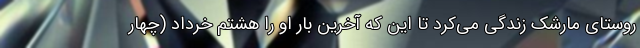
روستای مارشک زندگی می‌کرد تا این که آخرین بار او را هشتم خرداد (چهار